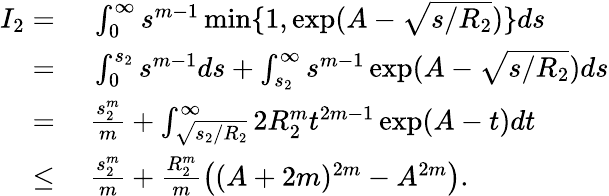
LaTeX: \begin{array}{rl}{I_{2}=}&{~\int_{0}^{\infty}s^{m-1}\operatorname*{min}\{ 1,\exp(A-\sqrt{s/R_{2}})\} ds}\\ {=}&{~\int_{0}^{s_{2}}s^{m-1}ds+\int_{s_{2}}^{\infty}s^{m-1}\exp(A-\sqrt{s/R_{2}})ds}\\ {=}&{~\frac{s_{2}^{m}}{m}+\int_{\sqrt{s_{2}/R_{2}}}^{\infty}2R_{2}^{m}t^{2m-1}\exp(A-t)dt}\\ {\leq}&{~\frac{s_{2}^{m}}{m}+\frac{R_{2}^{m}}{m}\left((A+2m)^{2m}-A^{2m}\right).}\end{array}